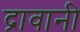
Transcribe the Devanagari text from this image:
द्रावानी